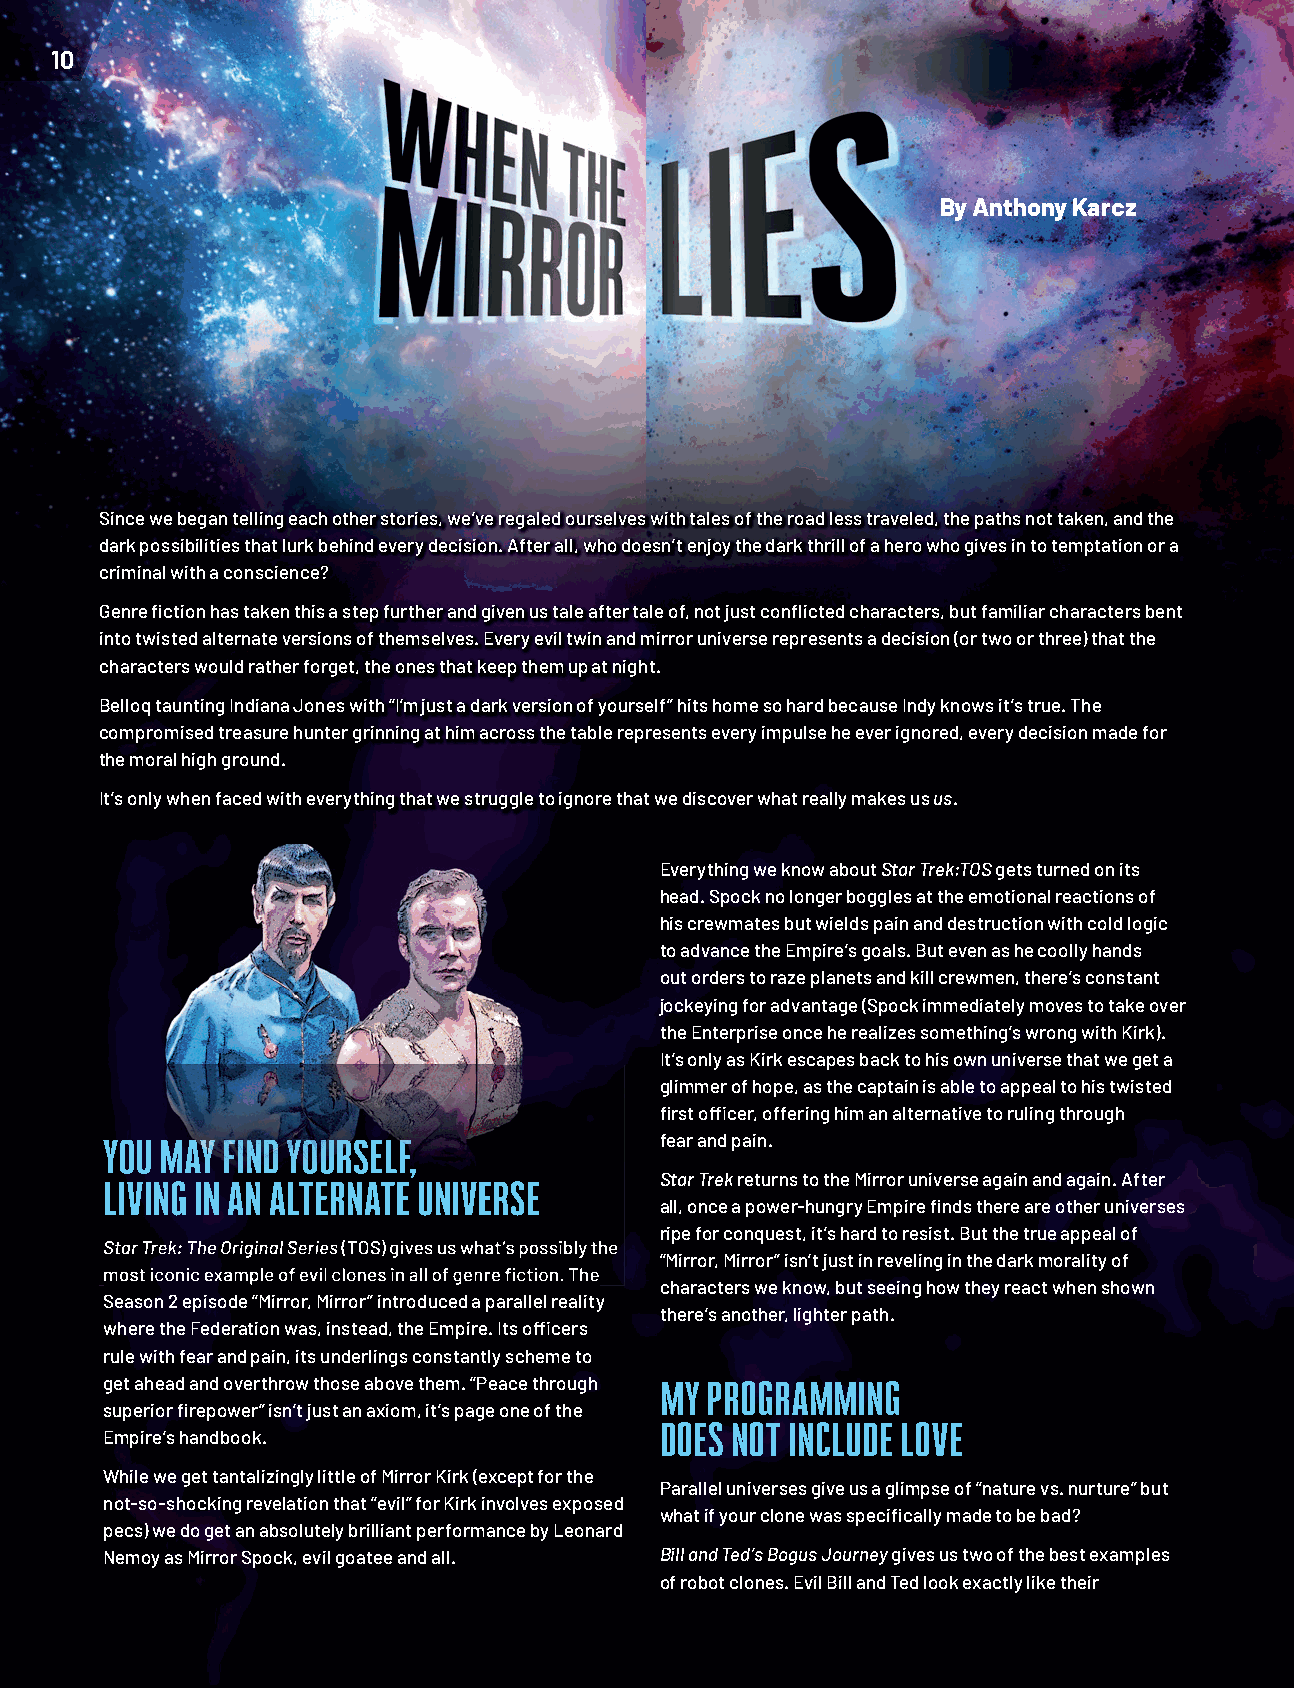
10
 By Anthony Karcz
 Since we began telling each other stories, we’ve regaled ourselves with tales of the road less traveled, the paths not taken, and the
 dark possibilities that lurk behind every decision. After all, who doesn’t enjoy the dark thrill of a hero who gives in to temptation or a
 criminal with a conscience?
 Genre fi ction has taken this a step further and given us tale after tale of, not just confl icted characters, but familiar characters bent
 into twisted alternate versions of themselves. Every evil twin and mirror universe represents a decision (or two or three) that the
 characters would rather forget, the ones that keep them up at night.
 Belloq taunting Indiana Jones with “I’m just a dark version of yourself” hits home so hard because Indy knows it’s true. The
 compromised treasure hunter grinning at him across the table represents every impulse he ever ignored, every decision made for
 the moral high ground.
 It’s only when faced with everything that we struggle to ignore that we discover what really makes us us.
 Everything we know about Star Trek:TOS gets turned on its
 head. Spock no longer boggles at the emotional reactions of
 his crewmates but wields pain and destruction with cold logic
 to advance the Empire’s goals. But even as he coolly hands
 out orders to raze planets and kill crewmen, there’s constant
 jockeying for advantage (Spock immediately moves to take over
 the Enterprise once he realizes something’s wrong with Kirk).
 It’s only as Kirk escapes back to his own universe that we get a
 glimmer of hope, as the captain is able to appeal to his twisted
 fi rst offi cer, offering him an alternative to ruling through
 fear and pain.
 YYOOUU MMAAYY FFIINNDD YYOOUURRSSEELLFF,,
 Star Trek returns to the Mirror universe again and again. After
 LLIIVVIINNGG IINN AANN AALLTTEERRNNAATTEE UUNNIIVVEERRSSEE
 all, once a power-hungry Empire fi nds there are other universes
 ripe for conquest, it’s hard to resist. But the true appeal of
 SSttaarr TTrreekk:: TThhee OOrriiggiinnaall SSeerriieess ((TTOOSS)) ggiivveess uuss wwhhaatt’’ss ppoossssiibbllyy tthhee
 “Mirror, Mirror” isn’t just in reveling in the dark morality of
 mmoosstt iiccoonniicc eexxaammppllee ooff eevviill cclloonneess iinn aallll ooff ggeennrree fifi ccttiioonn.. TThhee
 characters we know, but seeing how they react when shown
 Season 2 episode “Mirror, Mirror” introduced a parallel reality
 there’s another, lighter path.
 where the Federation was, instead, the Empire. Its offi cers
 rule with fear and pain, its underlings constantly scheme to
 get ahead and overthrow those above them. “Peace through
 MY PROGRAMMING
 superior fi repower” isn’t just an axiom, it’s page one of the
 Empire’s handbook.                   DOES NOT INCLUDE LOVE
 While we get tantalizingly little of Mirror Kirk (except for the
 Parallel universes give us a glimpse of “nature vs. nurture” but
 not-so-shocking revelation that “evil” for Kirk involves exposed
 what if your clone was specifi cally made to be bad?
 pecs) we do get an absolutely brilliant performance by Leonard
 Nemoy as Mirror Spock, evil goatee and all. Bill and Ted’s Bogus Journey gives us two of the best examples
 of robot clones. Evil Bill and Ted look exactly like their